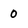
Character: 0